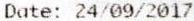
DATE: 24/09/2017